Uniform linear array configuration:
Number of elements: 48
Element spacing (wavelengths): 0.5
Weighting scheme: uniform
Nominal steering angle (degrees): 60
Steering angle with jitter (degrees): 59.109
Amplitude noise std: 0.05
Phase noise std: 0.05

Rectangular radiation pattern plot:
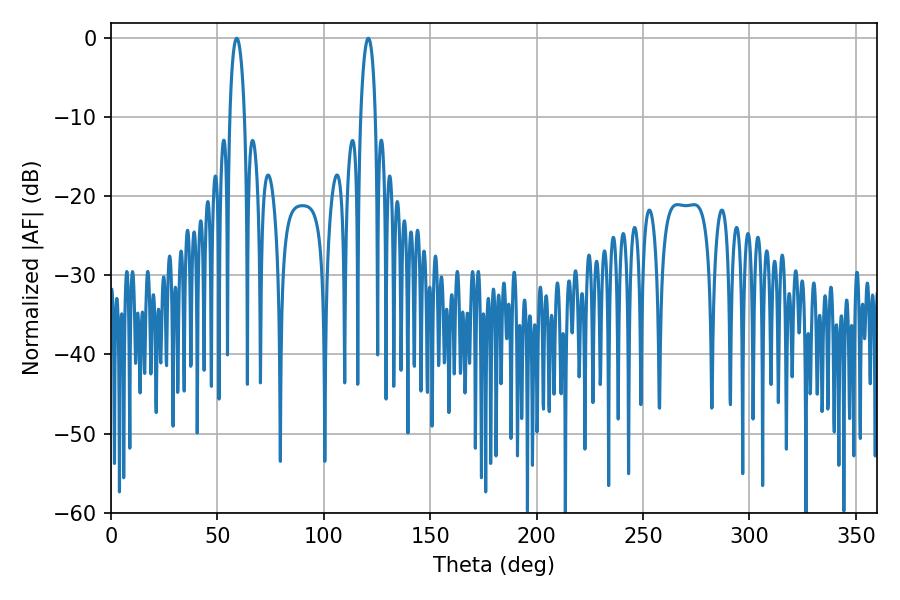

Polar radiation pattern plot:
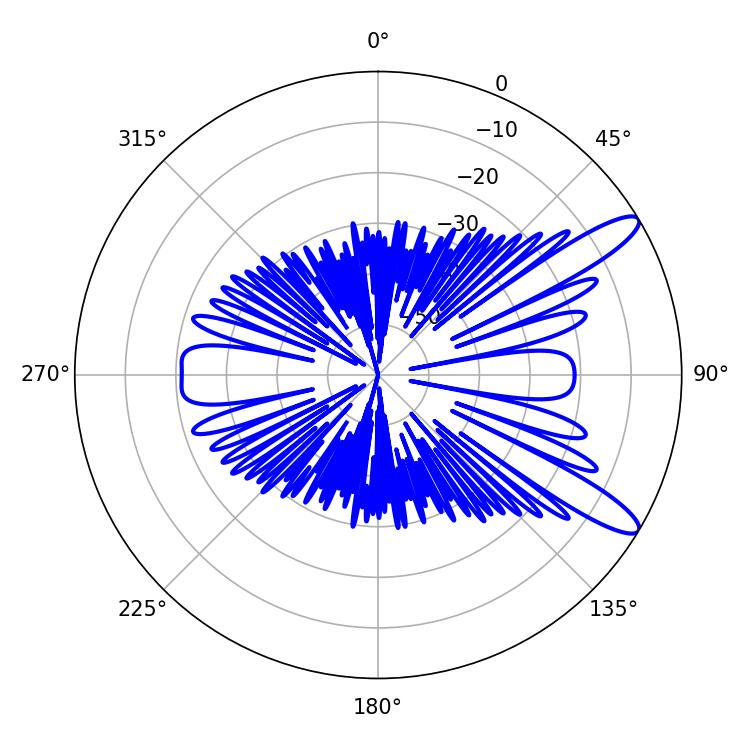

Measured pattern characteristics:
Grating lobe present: FALSE
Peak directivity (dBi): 11.711
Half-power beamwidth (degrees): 3.78
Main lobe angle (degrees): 59.04